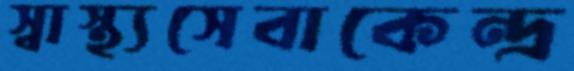
স্বাস্থ্যসেবাকেন্দ্র